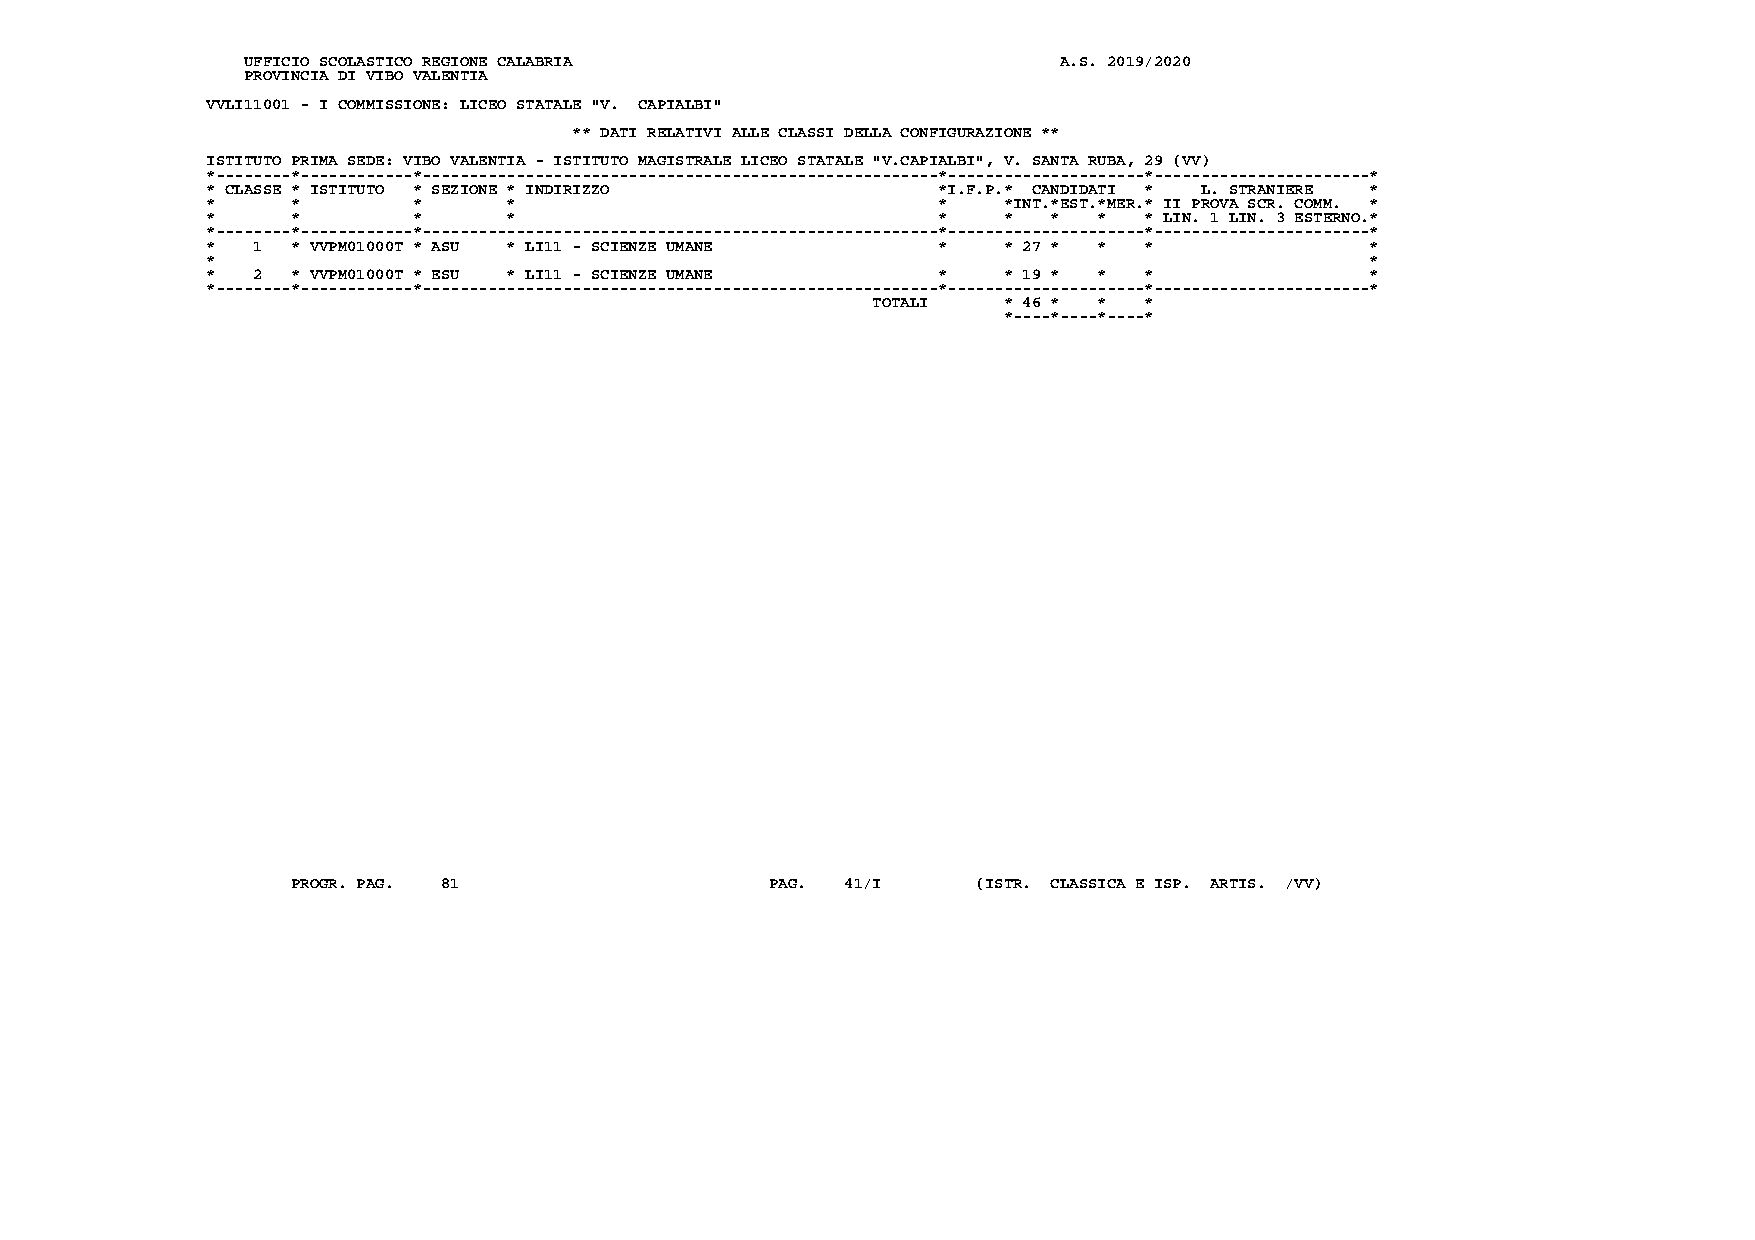
UFFICIO SCOLASTICO REGIONE CALABRIA                   A.S. 2019/2020
 PROVINCIA DI VIBO VALENTIA
 VVLI11001 - I COMMISSIONE: LICEO STATALE "V. CAPIALBI"
 ** DATI RELATIVI ALLE CLASSI DELLA CONFIGURAZIONE **
 ISTITUTO PRIMA SEDE: VIBO VALENTIA - ISTITUTO MAGISTRALE LICEO STATALE "V.CAPIALBI", V. SANTA RUBA, 29 (VV)
 *--------*------------*-------------------------------------------------------*---------------------*-----------------------*
 * CLASSE * ISTITUTO * SEZIONE * INDIRIZZO       *I.F.P.* CANDIDATI * L. STRANIERE *
 *    *       *      *                           *   *INT.*EST.*MER.* II PROVA SCR. COMM. *
 *    *       *      *                           *   *   *  *  * LIN. 1 LIN. 3 ESTERNO.*
 *--------*------------*-------------------------------------------------------*---------------------*-----------------------*
 *  1 * VVPM01000T * ASU * LI11 - SCIENZE UMANE  *   * 27 * *  *              *
 *                                                                            *
 *  2 * VVPM01000T * ESU * LI11 - SCIENZE UMANE  *   * 19 * *  *              *
 *--------*------------*-------------------------------------------------------*---------------------*-----------------------*
 TOTALI  * 46 * *  *
 *----*----*----*
 PROGR. PAG. 81                  PAG. 41/I     (ISTR. CLASSICA E ISP. ARTIS. /VV)